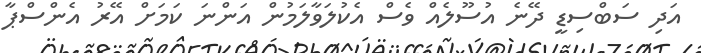
އަދި ސަބްސިޑީ ދޭނެ އުސޫލެއް ވެސް އެކުލަވާލަމުން އަންނަ ކަމަށް އޭރު އެންސްޕާ